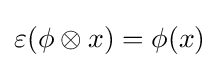
\varepsilon (\phi \otimes x)=\phi (x)